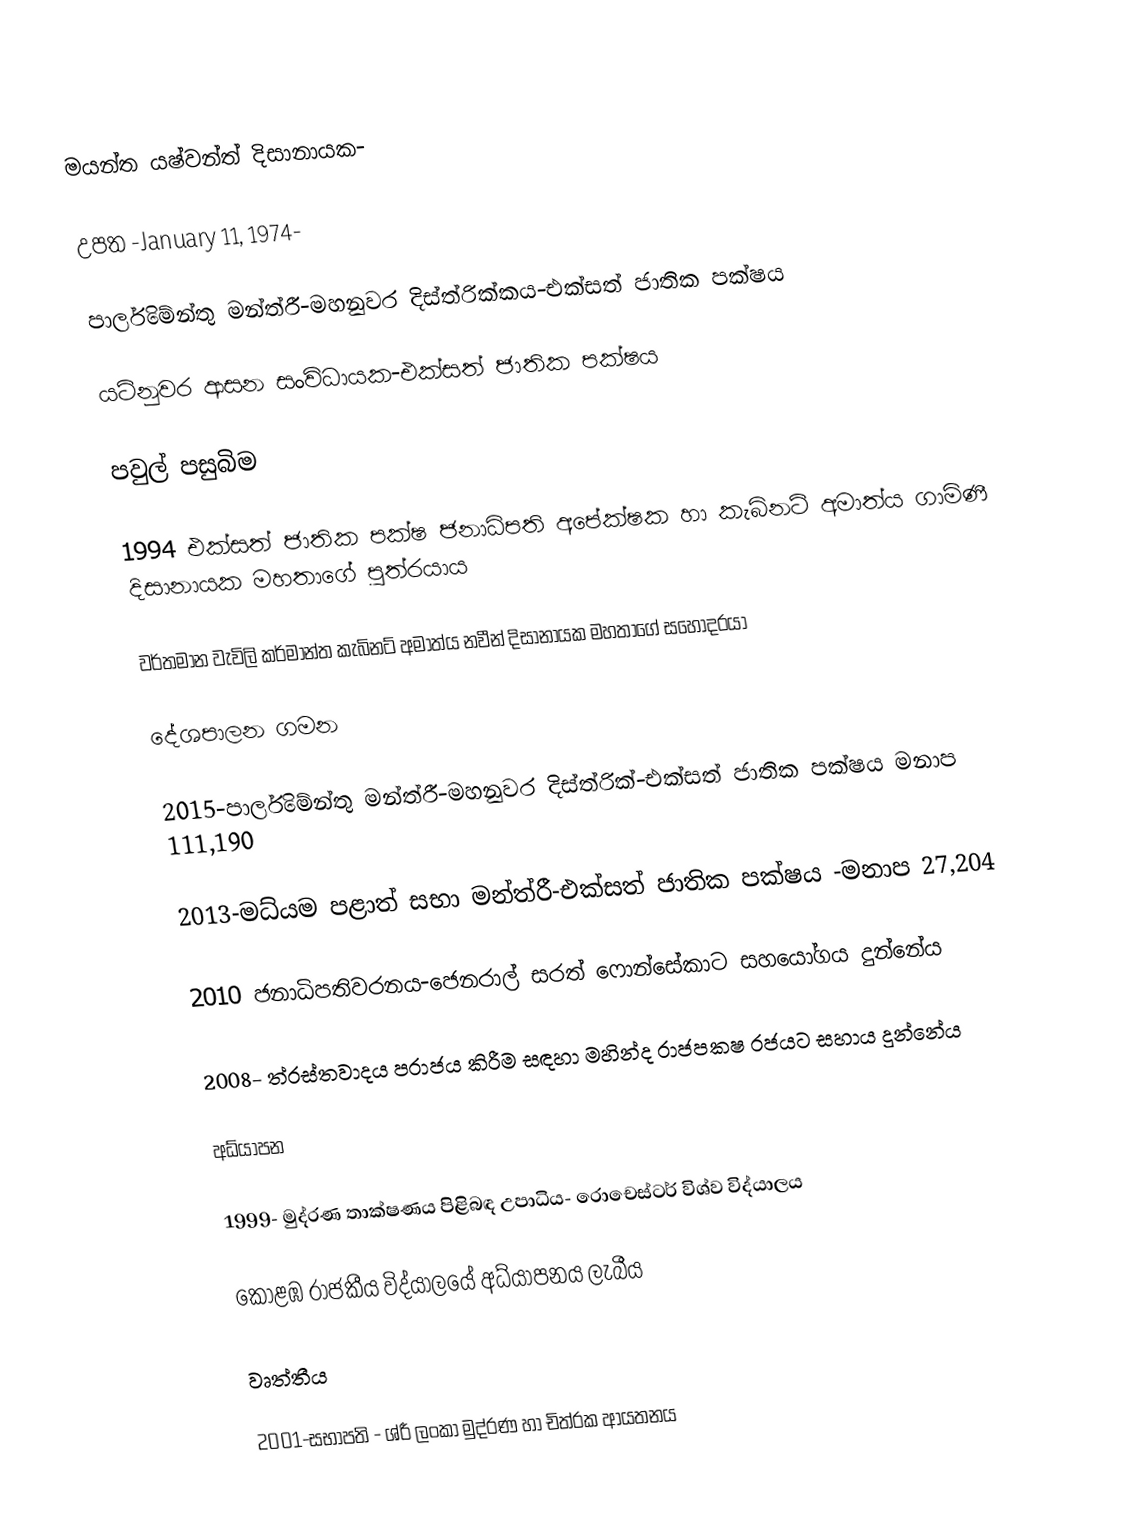
මයන්ත යෂ්වන්ත් දිසානායක-

උපත -January 11, 1974-

පාර්ලිමේන්තු මන්ත්රී-මහනුවර දිස්ත්රික්කය-එක්සත් ජාතික පක්ෂය

යටිනුවර ආසන සංවිධායක-එක්සත් ජාතික පක්ෂය

පවුල් පසුබිම

1994 එක්සත් ජාතික පක්ෂ ජනාධිපති අපේක්ෂක හා කැබිනට් අමාත්ය ගාමිණී දිසානායක මහතාගේ පුත්රයාය

වර්තමාන වැවිලි කර්මාන්ත කැබිනට්  අමාත්ය නවීන් දිසානායක මහතාගේ සහෝදරයා

දේශපාලන ගමන

2015-පාර්ලිමේන්තු මන්ත්රී-මහනුවර දිස්ත්රික්-එක්සත් ජාතික පක්ෂය මනාප 111,190

2013-මධ්යම පළාත්  සභා මන්ත්රී-එක්සත් ජාතික පක්ෂය -මනාප 27,204

2010 ජනාධිපතිවරනය-ජෙනරාල් සරත් ෆොන්සේකාට සහයෝගය දුන්නේය

2008- ත්රස්තවාදය පරාජය කිරීම සඳහා මහින්ද රාජපකෂ රජයට සහාය දුන්නේය

අධ්යාපන

1999- මුද්රණ තාක්ෂණය පිළිබඳ උපාධිය- රොචෙස්ටර් විශ්ව විද්යාලය

කොළඹ රාජකීය විද්යාලයේ අධ්යාපනය ලැබීය

වෘත්තීය

2001-සභාපති - ශ්රී ලංකා මුද්රණ හා චිත්රක  ආයතනය